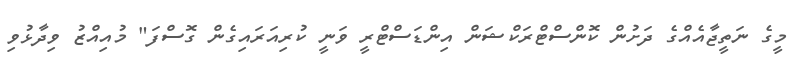
މީގެ ނަތީޖާއެއްގެ ދަށުން ކޮންސްޓްރަކްޝަން އިންޑަސްޓްރީ ވަނީ ކުރިއަރައިގެން ގޮސްފަ" މުއިއްޒު ވިދާޅުވި